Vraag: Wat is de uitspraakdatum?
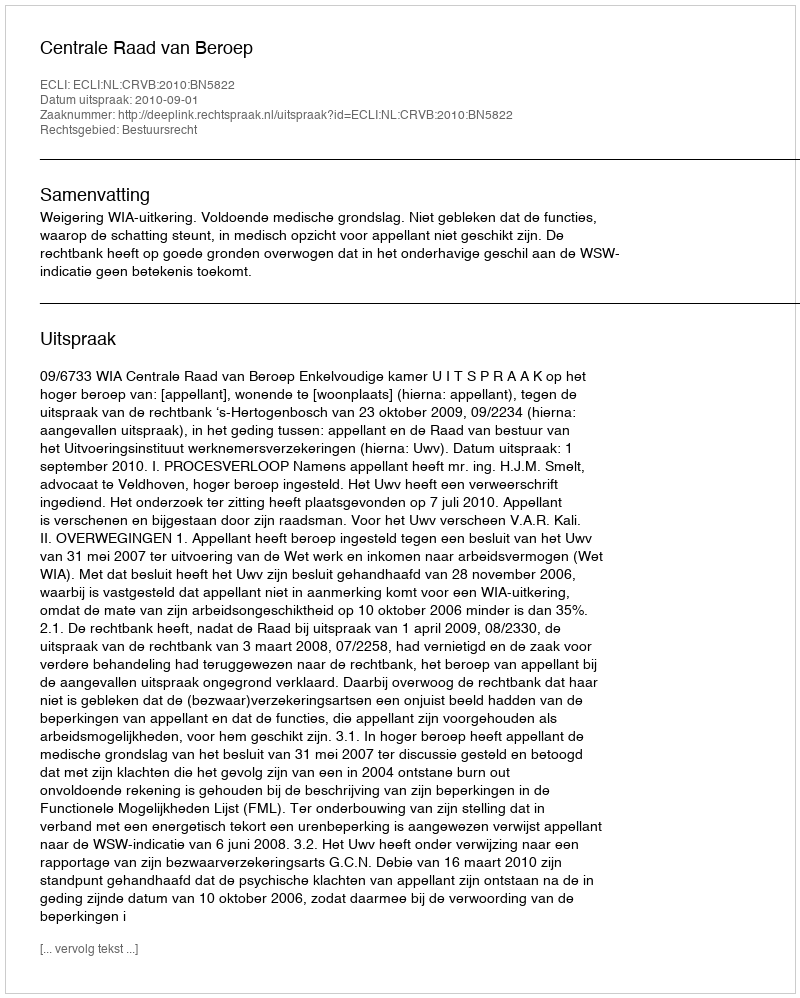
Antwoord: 2010-09-01